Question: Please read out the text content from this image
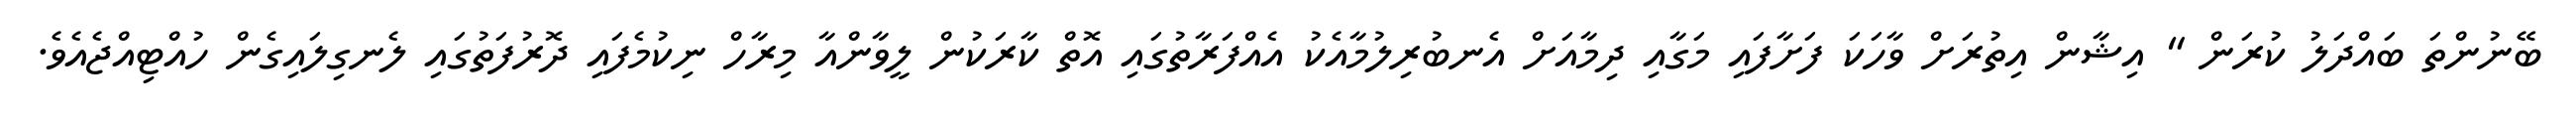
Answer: ބޭނުންތަ ބައްދަލު ކުރަން " އިޝާން އިތުރަށް ވާހަކަ ފަށާފައި މަގާއި ދިމާއަށް އެނބުރިލުމާއެކު އެއްފަރާތުގައި އޮތް ކާރަކުން ލީވާންއާ މިރާހް ނިކުމެފައި ދޮރުފަތުގައި ލެނގިލައިގެން ހުއްޓިއްޖެއެވެ.